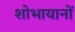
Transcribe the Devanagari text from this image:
शोभायानों